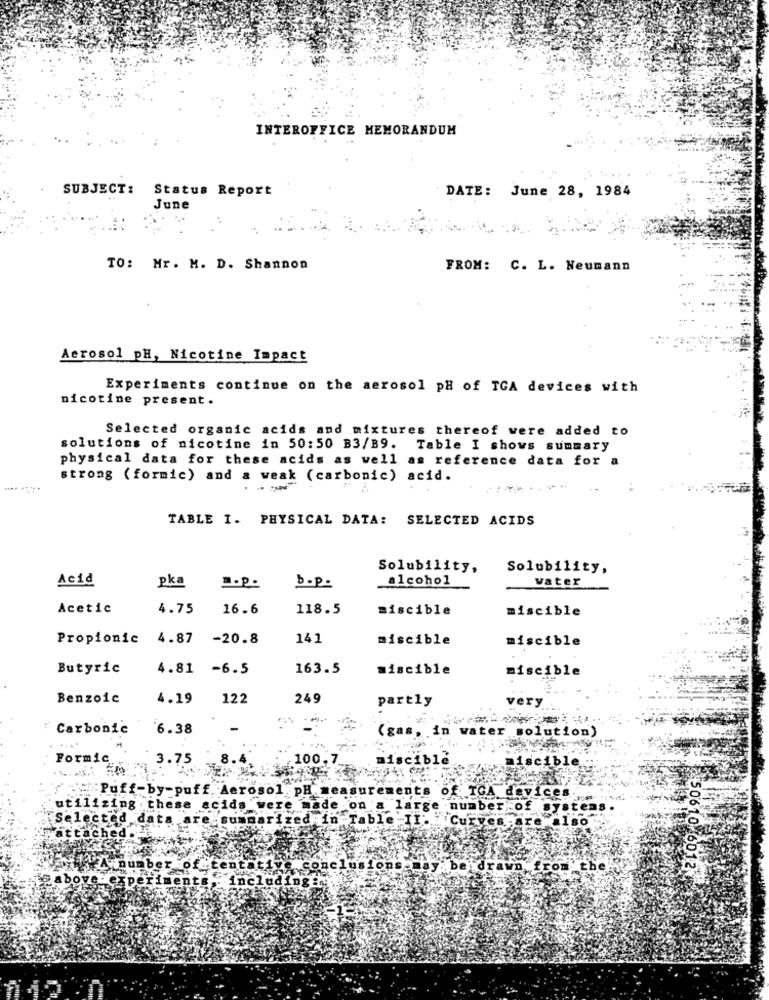
INTEROFFICE MEMORANDUM
SUBJECT: Status Report
DATE: June 28, 1984
June
TO: Mr. M. D. Shannon
FROM: C. L. Neumann
Aerosol pH, Nicotine Impact
Experiments continue on the aerosol pH of TCA devices with
nicotine present.
Selected organic acids and mixtures thereof were added to
solutions of nicotine in 50:50 B3/B9. Table I shows summary
physical data for these acids as well as reference data for a
strong ( formic) and a weak (carbonic) acid.
TABLE I. PHYSICAL DATA: SELECTED ACIDS
Solubility,
Solubility,
Acid
alcohol
vater
pka
b.p.
Acetic
4.75
16.6
118.5
miscible
miscible
Propionic 4.87
-20.8
141
miscible
miscible
Butyric
4.81 -6.5
163.5
miscible
miscible
Benzoic
4.19
122
249
partly
very
"Carbonic
6.38
(gas, in water solution)
....
Formic
3.75
100.7
ble
aiscible
Puf
-by
-puff, Aerosol , PH
utilizi
of TGA device.
cof syst
Selecte
Fattache
above
incl
50610 6012